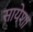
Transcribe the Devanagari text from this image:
सायेशा